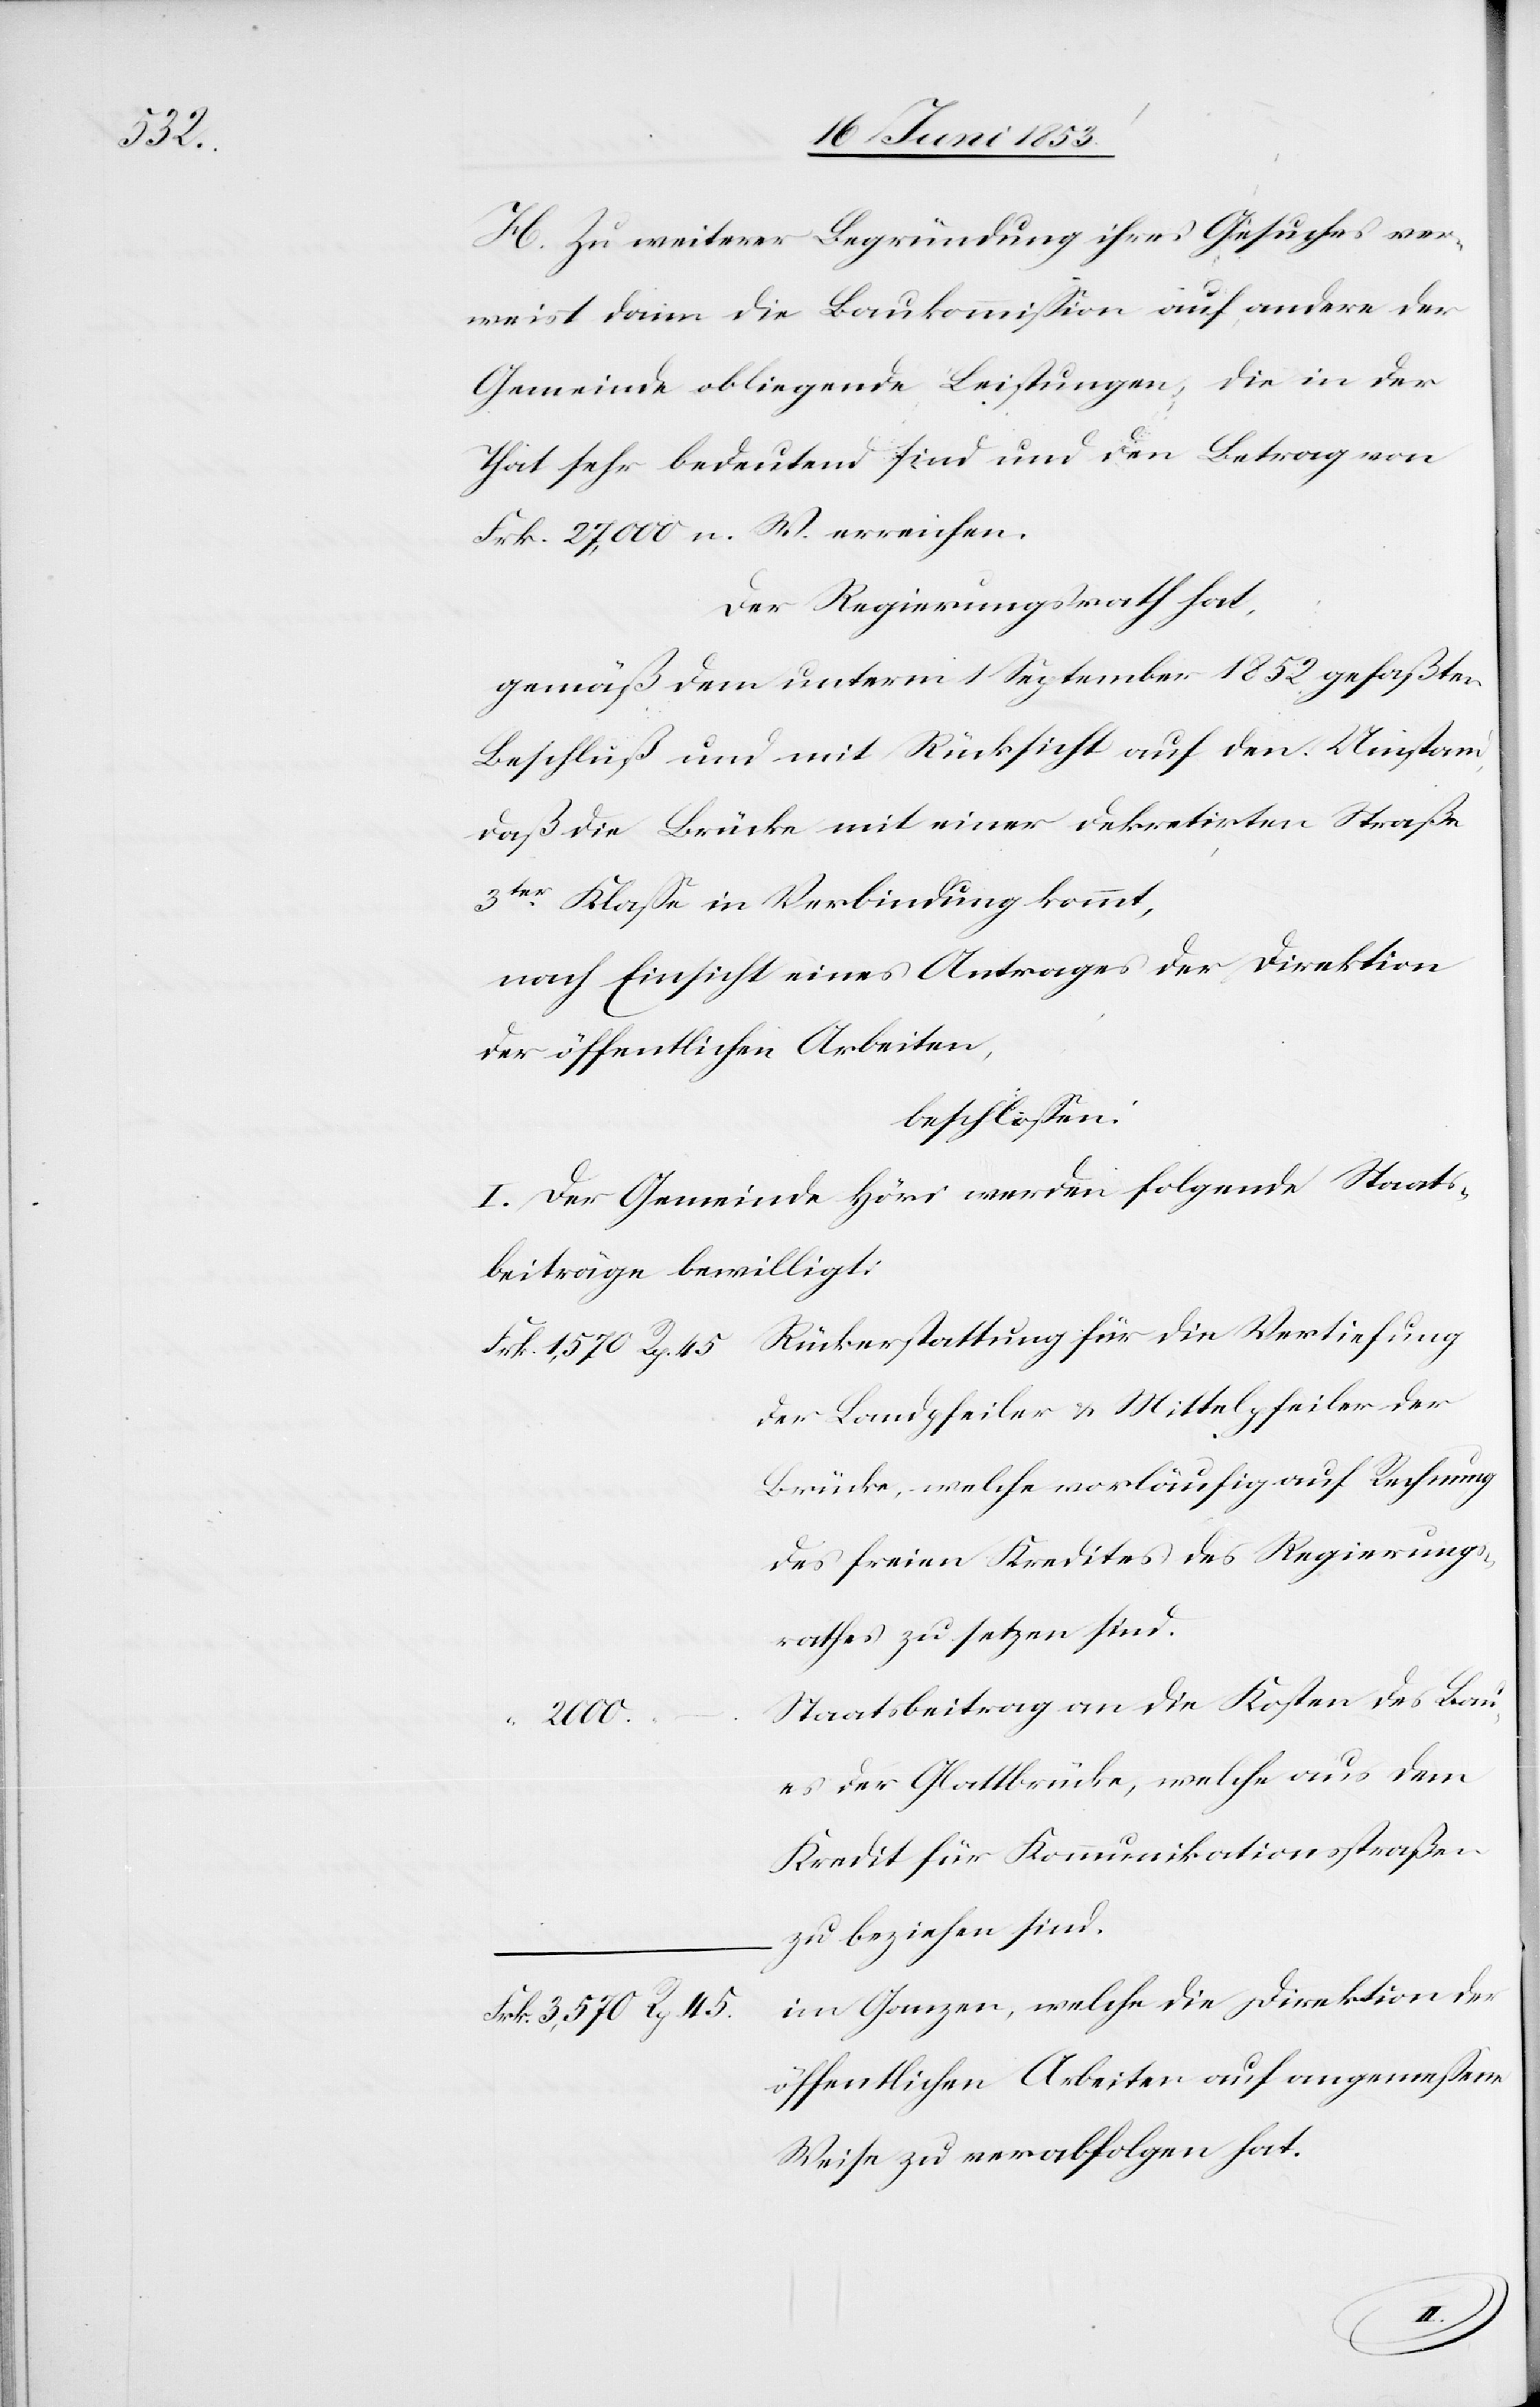
meßene

H. Zu weiterer Begründung ihres Gesuches ver¬
weist darin die Baukommißion auf andere der
Gemeinde obliegende Leistungen, die in der
That sehr bedeutend sind und den Betrag von
Frk. 27,000 n. W. erreichen.
Der Regierungsrath hat,
gemäß dem unterm 1 September 1852 gefaßten
Beschluß und mit Rücksicht auf den Umstand,
daß die Brücke mit einer dekretirten Straße
3ter. Klaße in Verbindung kommt,
nach Einsicht eines Antrages der Direktion
er öffentlichen Arbeiten
beschloßen:
I. Der Gemeinde Höri werden folgende Staats¬
beiträge bewilligt:
Rückerstattung für die Vertiefung
Frk. 1,570 Rp. 45
der Landpfeiler u. Mittelpfeiler der
Brücke, welche vorläufig auf Rechnung
rathes zu setzen sind.
Staatsbeitrag an die Kosten des Bau¬
es der Glattbrücke, welche aus dem
Kredit für Kommunikationsstraßen
zu beziehen sind.
im Ganzen, welche die Direktion d¬
Frk. 3,570 Rp. 45
Weise zu verabfolgen hat.